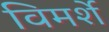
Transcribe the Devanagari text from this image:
विमर्शे